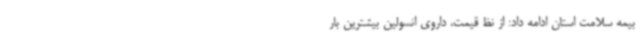
بیمه سلامت استان ادامه داد: از نظ قیمت، داروی انسولین بیشترین بار